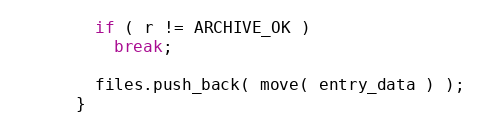
Language: C++
        if ( r != ARCHIVE_OK )
          break;

        files.push_back( move( entry_data ) );
      }